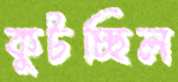
কুটচ্ছিল